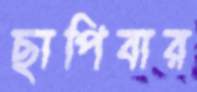
ছাপিবার